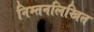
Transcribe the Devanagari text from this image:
निम्तनलिखित